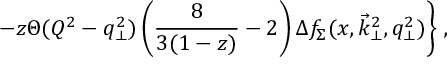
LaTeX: - z \Theta ( Q ^ { 2 } - q _ { \perp } ^ { 2 } ) \left( { \frac { 8 } { 3 ( 1 - z ) } } - 2 \right) \Delta f _ { \Sigma } ( x , \vec { k } _ { \perp } ^ { 2 } , q _ { \perp } ^ { 2 } ) \Bigg \} \; ,